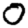
Digit: 0